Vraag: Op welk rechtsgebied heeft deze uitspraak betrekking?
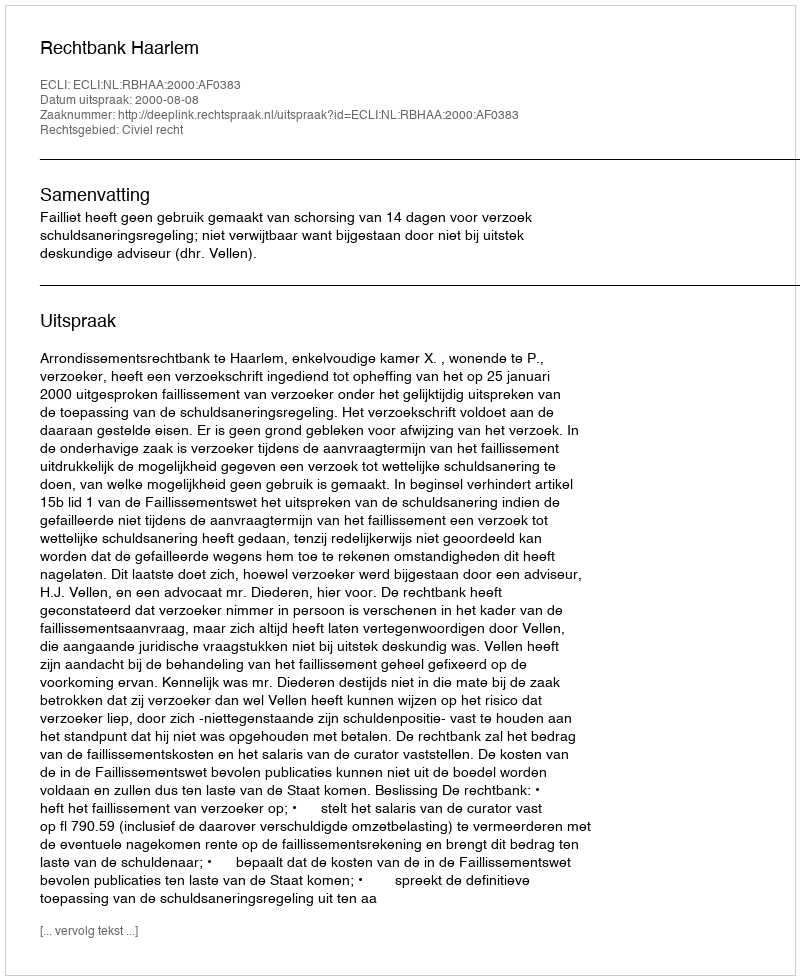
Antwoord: Civiel recht